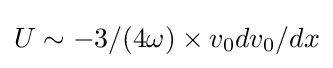
U\sim -{3}/{(4\omega )}\times v_{0}dv_{0}/dx